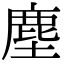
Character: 塵